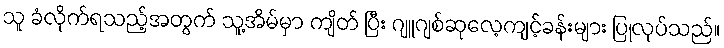
သူ ခံလိုက်ရသည့်အတွက် သူ့အိမ်မှာ ကျိတ် ပြီး ဂျူဂျစ်ဆုလေ့ကျင့်ခန်းများ ပြုလုပ်သည်။